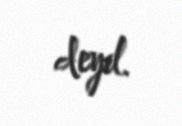
deyil.